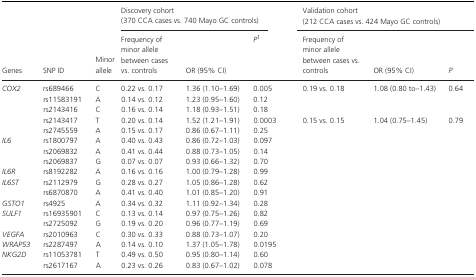
<table><thead><tr><td rowspan="2"><b>Genes</b></td><td rowspan="2"><b>SNP ID</b></td><td rowspan="2"><b>Minor allele</b></td><td colspan="3"><b>Discovery cohort(370 CCA cases vs. 740 Mayo GC controls)</b></td><td colspan="3"><b>Validation cohort(212 CCA cases vs. 424 Mayo GC controls)</b></td></tr><tr><td><b>Frequency of minor allele between cases vs. controls</b></td><td><b>OR (95% CI)</b></td><td><b><i>P</i>1</b></td><td><b>Frequency of minor allele between cases vs. controls</b></td><td><b>OR (95% CI)</b></td><td><b><i>P</i></b></td></tr></thead><tbody><tr><td rowspan="5"><i>COX2</i></td><td>rs689466</td><td>C</td><td>0.22 vs. 0.17</td><td>1.36 (1.10–1.69)</td><td>0.005</td><td>0.19 vs. 0.18</td><td>1.08 (0.80 to–1.43)</td><td>0.64</td></tr><tr><td>rs11583191</td><td>A</td><td>0.14 vs. 0.12</td><td>1.23 (0.95–1.60)</td><td>0.12</td><td></td><td></td><td></td></tr><tr><td>rs2143416</td><td>C</td><td>0.16 vs. 0.14</td><td>1.18 (0.93–1.51)</td><td>0.18</td><td></td><td></td><td></td></tr><tr><td>rs2143417</td><td>T</td><td>0.20 vs. 0.14</td><td>1.52 (1.21–1.91)</td><td>0.0003</td><td>0.15 vs. 0.15</td><td>1.04 (0.75–1.45)</td><td>0.79</td></tr><tr><td>rs2745559</td><td>A</td><td>0.15 vs. 0.17</td><td>0.86 (0.67–1.11)</td><td>0.25</td><td></td><td></td><td></td></tr><tr><td rowspan="3"><i>IL6</i></td><td>rs1800797</td><td>A</td><td>0.40 vs. 0.43</td><td>0.86 (0.72–1.03)</td><td>0.097</td><td></td><td></td><td></td></tr><tr><td>rs2069832</td><td>A</td><td>0.41 vs. 0.44</td><td>0.88 (0.73–1.05)</td><td>0.14</td><td></td><td></td><td></td></tr><tr><td>rs2069837</td><td>G</td><td>0.07 vs. 0.07</td><td>0.93 (0.66–1.32)</td><td>0.70</td><td></td><td></td><td></td></tr><tr><td><i>IL6R</i></td><td>rs8192282</td><td>A</td><td>0.16 vs. 0.16</td><td>1.00 (0.79–1.28)</td><td>0.99</td><td></td><td></td><td></td></tr><tr><td rowspan="2"><i>IL6ST</i></td><td>rs2112979</td><td>G</td><td>0.28 vs. 0.27</td><td>1.05 (0.86–1.28)</td><td>0.62</td><td></td><td></td><td></td></tr><tr><td>rs6870870</td><td>A</td><td>0.41 vs. 0.40</td><td>1.01 (0.85–1.20)</td><td>0.91</td><td></td><td></td><td></td></tr><tr><td><i>GSTO1</i></td><td>rs4925</td><td>A</td><td>0.34 vs. 0.32</td><td>1.11 (0.92–1.34)</td><td>0.28</td><td></td><td></td><td></td></tr><tr><td rowspan="2"><i>SULF1</i></td><td>rs16935901</td><td>C</td><td>0.13 vs. 0.14</td><td>0.97 (0.75–1.26)</td><td>0.82</td><td></td><td></td><td></td></tr><tr><td>rs2725092</td><td>G</td><td>0.19 vs. 0.20</td><td>0.96 (0.77–1.19)</td><td>0.69</td><td></td><td></td><td></td></tr><tr><td><i>VEGFA</i></td><td>rs2010963</td><td>C</td><td>0.30 vs. 0.33</td><td>0.88 (0.73–1.07)</td><td>0.20</td><td></td><td></td><td></td></tr><tr><td><i>WRAP53</i></td><td>rs2287497</td><td>A</td><td>0.14 vs. 0.10</td><td>1.37 (1.05–1.78)</td><td>0.0195</td><td></td><td></td><td></td></tr><tr><td rowspan="2"><i>NKG2D</i></td><td>rs11053781</td><td>T</td><td>0.49 vs. 0.50</td><td>0.95 (0.80–1.14)</td><td>0.60</td><td></td><td></td><td></td></tr><tr><td>rs2617167</td><td>A</td><td>0.23 vs. 0.26</td><td>0.83 (0.67–1.02)</td><td>0.078</td><td></td><td></td><td></td></tr></tbody></table>